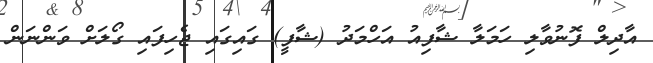
އާދިލް ފޮނުވާލި ހަމަލާ ޝާފިއު އަހްމަދު (ޝާފީ) ގައިގައި ޖެހިފައި ގޯލަށް ވަންނަން